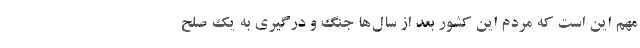
مهم این است که مردم این کشور بعد از سال‌ها جنگ و درگیری به یک صلح